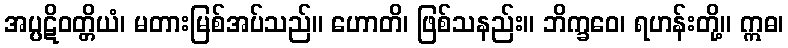
အပ္ပဋိဝတ္တိယံ၊ မတားမြစ်အပ်သည်။ ဟောတိ၊ ဖြစ်သနည်း။ ဘိက္ခဝေ၊ ရဟန်းတို့။ ဣဓ၊